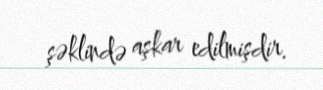
şəklində aşkar edilmişdir.